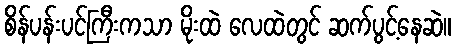
စိန်ပန်းပင်ကြီးကသာ မိုးထဲ လေထဲတွင် ဆက်ပွင့်နေဆဲ။